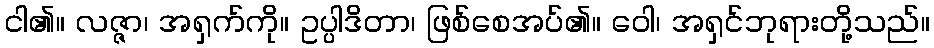
ငါ၏။ လဇ္ဇာ၊ အရှက်ကို။ ဥပ္ပါဒိတာ၊ ဖြစ်စေအပ်၏။ ဝေါ၊ အရှင်ဘုရားတို့သည်။